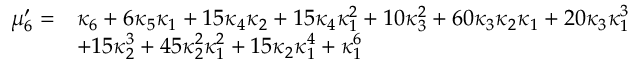
{ \begin{array} { r l } { \mu _ { 6 } ^ { \prime } = } & { \kappa _ { 6 } + 6 \kappa _ { 5 } \kappa _ { 1 } + 1 5 \kappa _ { 4 } \kappa _ { 2 } + 1 5 \kappa _ { 4 } \kappa _ { 1 } ^ { 2 } + 1 0 \kappa _ { 3 } ^ { 2 } + 6 0 \kappa _ { 3 } \kappa _ { 2 } \kappa _ { 1 } + 2 0 \kappa _ { 3 } \kappa _ { 1 } ^ { 3 } } \\ & { + 1 5 \kappa _ { 2 } ^ { 3 } + 4 5 \kappa _ { 2 } ^ { 2 } \kappa _ { 1 } ^ { 2 } + 1 5 \kappa _ { 2 } \kappa _ { 1 } ^ { 4 } + \kappa _ { 1 } ^ { 6 } } \end{array} }